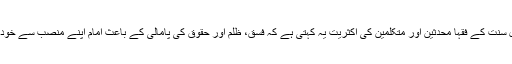
امام نووی نے شرح صحیح مسلم میں ”لزوم طاعة الامراء فی غیر معصیة“ نامی باب میں کہا ہے کہ اہل سنت کے فقہا محدثین اور متکلمین کی اکثریت یہ کہتی ہے کہ فسق، ظلم اور حقوق کی پامالی کے باعث امام اپنے منصب سے خودبخود معزول نہیں ہوتا نہ اسےبرطرف کیا جا سکتا ہے اور نہ ہی اس کے خلاف خروج کی اجازت ہے۔